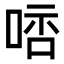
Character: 𠵠